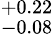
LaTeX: ^{+0.22}_{-0.08}